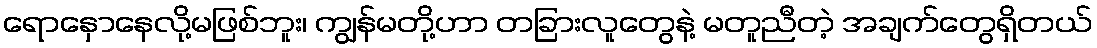
ရောနှောနေလို့မဖြစ်ဘူး၊ ကျွန်မတို့ဟာ တခြားလူတွေနဲ့ မတူညီတဲ့ အချက်တွေရှိတယ်